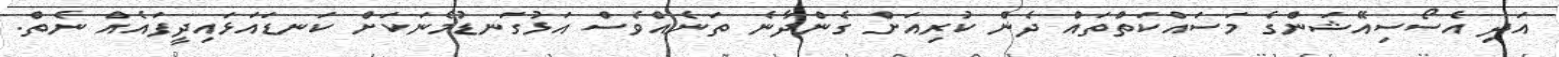
އަދި އެސޯސިއޭޝަންގެ މަސައްކަތްތައް ދެން ކުރިއަށް ގެންދާނެ ތަނެއްވެސް އަޅުގަނޑުމެނަކަށް ކަނޑައަޅައިދީފައެއް ނެތް.